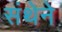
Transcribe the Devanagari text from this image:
संथेने